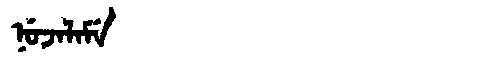
Manchu: ᠨᡠᠵᠠᠯᠠᠮᡝ
Romanization: NUJALAME